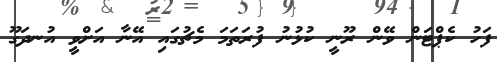
ފަހު ކެޕްޓަން ވޭން ރޫނީ ކުޅުނު ފުރަތަމަ މެޗުގައި އޭނާ އަށްވީ އުނދަގޫ